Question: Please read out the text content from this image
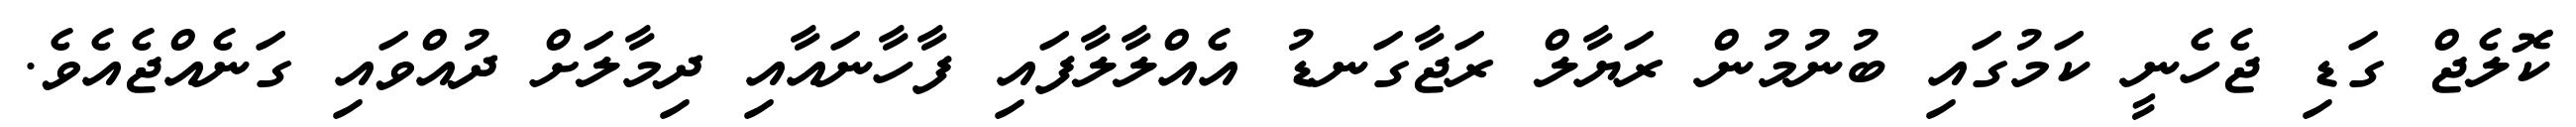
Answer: ކޮލެޖް ގަޑި ޖެހެނީ ކަމުގައި ބުނުމުން ރަޔާލް ރަޖާގަނޑު އެއްލާލާފައި ފާހާނައާއި ދިމާލަށް ދުއްވައި ގަނެއްޖެއެވެ.